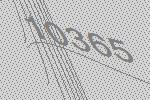
10365